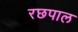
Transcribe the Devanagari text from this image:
रछपाल